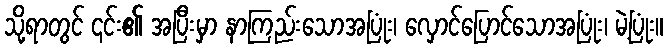
သို့ရာတွင် ၎င်း၏ အပြီးမှာ နာကြည်းသောအပြုံး၊ လှောင်ပြောင်သောအပြုံး၊ မဲ့ပြုံး။